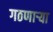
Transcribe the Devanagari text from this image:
गठणार्‍या